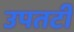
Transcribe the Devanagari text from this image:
उपतटी